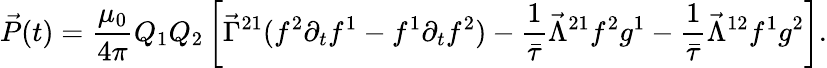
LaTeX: \vec{P}(t)=\frac{\mu_{0}}{4\pi}Q_{1}Q_{2}\left[\vec{\Gamma}^{21}(f^{2}\partial_{t}f^{1}-f^{1}\partial_{t}f^{2})-\frac{1}{\bar{\tau}}\vec{\Lambda}^{21}f^{2}g^{1}-\frac{1}{\bar{\tau}}\vec{\Lambda}^{12}f^{1}g^{2}\right].